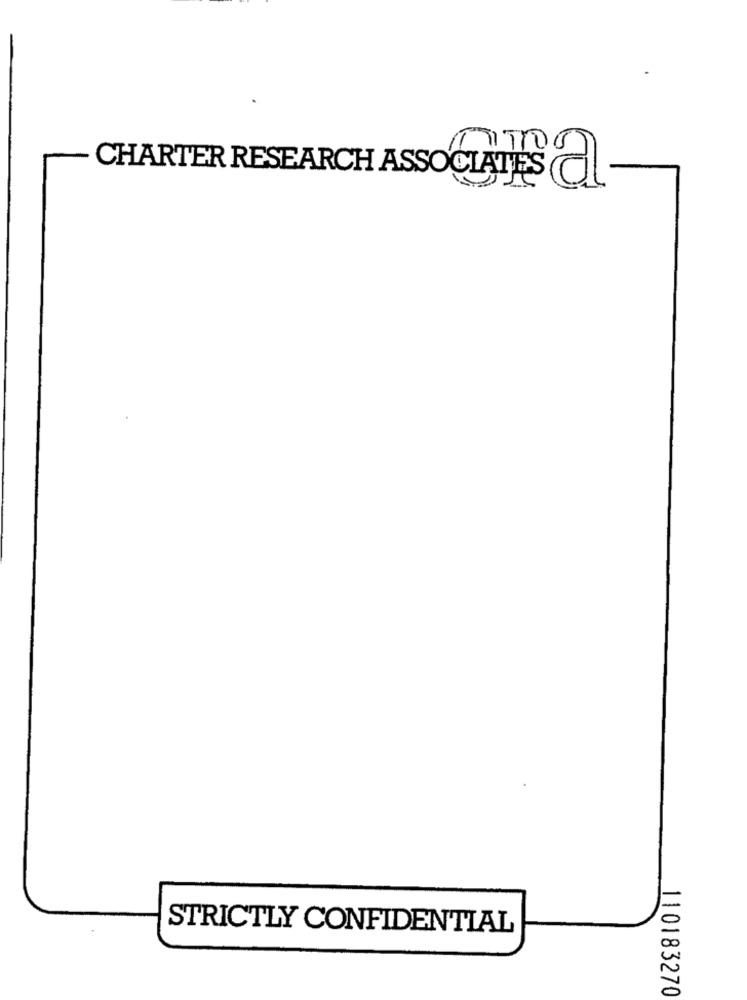
CHARTER RESEARCH ASSOCIATES
50
STRICTLY CONFIDENTIAL
110183270